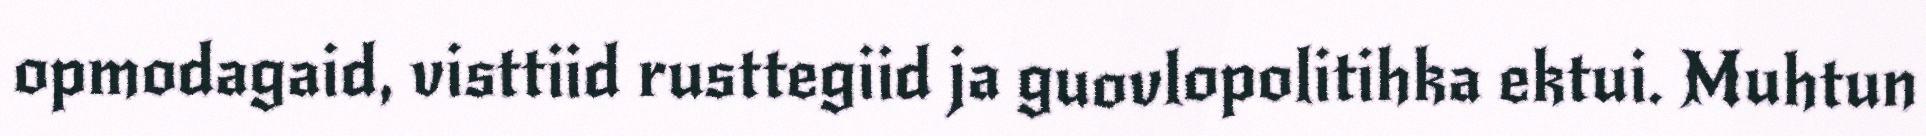
opmodagaid, visttiid rusttegiid ja guovlopolitihka ektui. Muhtun